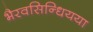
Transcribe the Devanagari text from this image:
भैरवसिन्धियया